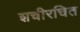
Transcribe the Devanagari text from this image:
शचीरचित